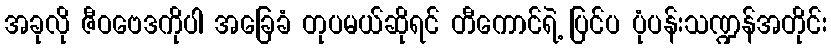
အခုလို ဇီဝဗေဒကိုပါ အခြေခံ တုပမယ်ဆိုရင် တီကောင်ရဲ့ ပြင်ပ ပုံပန်းသဏ္ဍန်အတိုင်း